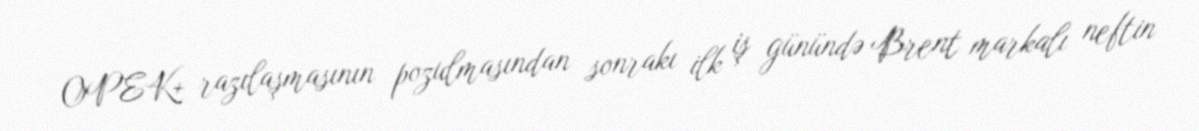
OPEK+ razılaşmasının pozulmasından sonrakı ilk iş günündə Brent markalı neftin